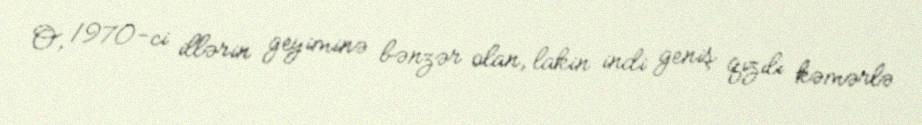
O, 1970-ci illərin geyiminə bənzər olan, lakin indi geniş qızılı kəmərlə